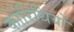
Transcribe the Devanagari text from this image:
कोरिंथियों